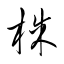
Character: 株